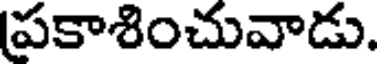
ప్రకాశించువాడు.